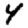
Digit: 4